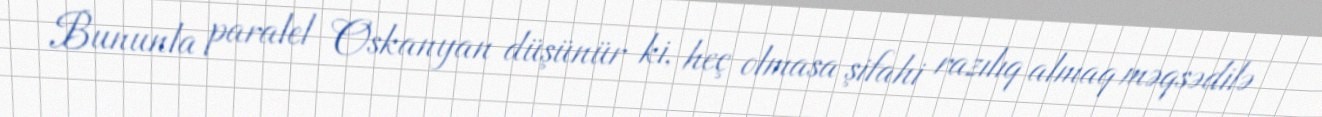
Bununla paralel Oskanyan düşünür ki, heç olmasa şifahi razılıq almaq məqsədilə